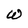
Character: w